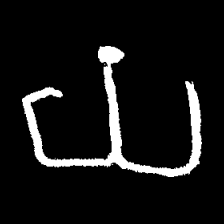
Pyu character \u2014 Myanmar letter: ယ (romanized: ya)